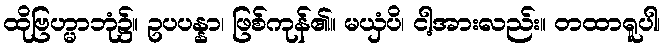
ထိုဗြဟ္မာဘုံ၌။ ဥပပန္နာ၊ ဖြစ်ကုန်၏။ မယှံပိ၊ ငါ့အားလည်း။ တထာရူပါ၊